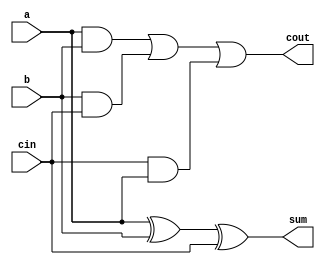
`timescale 1ns / 1ps
//////////////////////////////////////////////////////////////////////////////////
// Company: 
// Engineer: 
// 
// Design Name: 
// Module Name:    full_adder 
// Project Name: 
// Target Devices: 
// Tool versions: 
// Description: 
//
// Dependencies: 
//
// Revision: 
// Revision 0.01 - File Created
// Additional Comments: Authored by Mainak Chaudhuri
//
//////////////////////////////////////////////////////////////////////////////////
module full_adder(a, b, cin, sum, cout
    );

   input a;
	input b;
	input cin;

	output sum;
	wire sum;
	output cout;
	wire cout;
	
	assign sum = a^b^cin;
	assign cout = (a & b) | (b & cin) | (cin & a);
	
endmodule